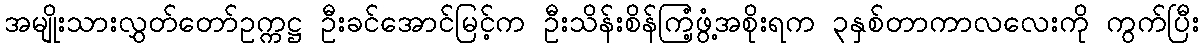
အမျိုးသားလွှတ်တော်ဥက္ကဋ္ဌ ဦးခင်အောင်မြင့်က ဦးသိန်းစိန်ကြံ့ဖွံ့အစိုးရက ၃နှစ်တာကာလလေးကို ကွက်ပြီး